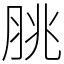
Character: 脁